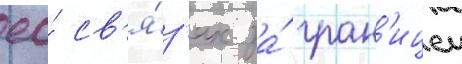
ео́ св'я́з'ях за́ гран'ицеи